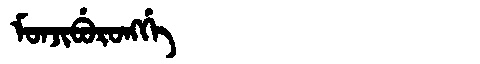
Manchu: ᠮᠣᠨᠵᡳᠪᡠᡵᠣᠩᡤᡝ
Romanization: MONJIBURONGGE